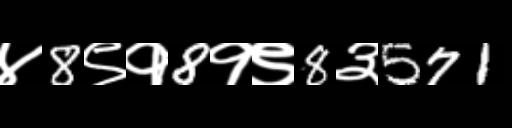
Text: ४8९१8१९8३571